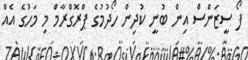
ފޯ ސީޒަންސް އިން ބުނީ ކުދިން ހޯދުމުގެ ޕްރޮގްރާމް މި މަހުގެ އެއް